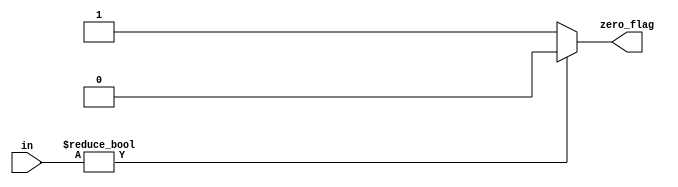
`timescale 1ns / 1ps


module comp(in, zero_flag);
    input [10:0]in;
    output zero_flag;
    
    assign zero_flag = in?1'b0:1'b1;
    
endmodule


module mux2x1(S, I1, I0, out);
    input S;
    input [6:0]I0, I1;
    output [6:0]out;
    assign out = S?I1:I0;
endmodule



module LZD(sum, position);
    input [65:0]sum;
    output [6:0]position;
    
    wire zf1, zf2, zf3, zf4, zf5, zf6;
    wire [6:0]p1, p2, p3, p4, p5, p6;
    wire [6:0]w2, w3, w4, w5;
    
    comp i1(sum[10:0], zf1);
    comp i2(sum[21:11], zf2);
    comp i3(sum[32:22], zf3);
    comp i4(sum[43:33], zf4);
    comp i5(sum[54:44], zf5);
    comp i6(sum[65:55], zf6);
    
    assign p6 =  sum[65]?7'd1:(sum[64]?7'd2:(sum[63]?7'd3:(sum[62]?7'd4:(sum[61]?7'd5:(sum[60]?7'd6:(sum[59]?7'd7:(sum[58]?7'd8:(sum[57]?7'd9:(sum[56]?7'd10:7'd11)))))))));
    assign p5 =  sum[54]?7'd12:(sum[53]?7'd13:(sum[52]?7'd14:(sum[51]?7'd15:(sum[50]?7'd16:(sum[49]?7'd17:(sum[48]?7'd18:(sum[47]?7'd19:(sum[46]?7'd20:(sum[45]?7'd21:7'd22)))))))));
    assign p4 =  sum[43]?7'd23:(sum[42]?7'd24:(sum[41]?7'd25:(sum[40]?7'd26:(sum[39]?7'd27:(sum[38]?7'd28:(sum[37]?7'd29:(sum[36]?7'd30:(sum[35]?7'd31:(sum[34]?7'd32:7'd33)))))))));
    assign p3 =  sum[32]?7'd34:(sum[31]?7'd35:(sum[30]?7'd36:(sum[29]?7'd37:(sum[28]?7'd38:(sum[27]?7'd39:(sum[26]?7'd40:(sum[25]?7'd41:(sum[24]?7'd42:(sum[23]?7'd43:7'd44)))))))));
    assign p2 =  sum[21]?7'd45:(sum[20]?7'd46:(sum[19]?7'd47:(sum[18]?7'd48:(sum[17]?7'd49:(sum[16]?7'd50:(sum[15]?7'd51:(sum[14]?7'd52:(sum[13]?7'd53:(sum[12]?7'd54:7'd55)))))))));
    assign p1 =  sum[10]?7'd56:(sum[9]?7'd57:(sum[8]?7'd58:(sum[7]?7'd59:(sum[6]?7'd60:(sum[5]?7'd61:(sum[4]?7'd62:(sum[3]?7'd63:(sum[2]?7'd64:(sum[1]?7'd65:7'd66)))))))));

    mux2x1 m5(~zf6, p6, w5, position);
    mux2x1 m4(~zf5, p5, w4, w5);
    mux2x1 m3(~zf4, p4, w3, w4);
    mux2x1 m2(~zf3, p3, w2, w3);
    mux2x1 m1(~zf2, p2, p1, w2);
endmodule